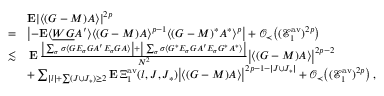
\begin{array} { r l } & { \mathbf { E } | \langle ( G - M ) A \rangle | ^ { 2 p } } \\ { = } & { \left\vert - \mathbf { E } \langle \underline { { W G } } { A ^ { \prime } } \rangle \langle ( G - M ) A \rangle ^ { p - 1 } \langle ( G - M ) ^ { * } A ^ { * } \rangle ^ { p } \right\vert + \mathcal { O } _ { \prec } \big ( ( \mathcal { E } _ { 1 } ^ { \mathrm { a v } } ) ^ { 2 p } \big ) } \\ { \lesssim } & { \, \mathbf { E } \, \frac { \big | \sum _ { \sigma } \sigma \langle G E _ { \sigma } G { A ^ { \prime } } E _ { \sigma } G A \rangle \big | + \big | \sum _ { \sigma } \sigma \langle G ^ { * } E _ { \sigma } G { A ^ { \prime } } E _ { \sigma } G ^ { * } A ^ { * } \rangle \big | } { N ^ { 2 } } \big \vert \langle ( G - M ) A \rangle \big \vert ^ { 2 p - 2 } } \\ & { + \sum _ { | \boldsymbol { l } | + \sum ( J \cup J _ { * } ) \ge 2 } \mathbf { E } \, \Xi _ { 1 } ^ { \mathrm { a v } } ( \boldsymbol { l } , J , J _ { * } ) \big \vert \langle ( G - M ) A \rangle \big \vert ^ { 2 p - 1 - | J \cup J _ { * } | } + \mathcal { O } _ { \prec } \big ( ( \mathcal { E } _ { 1 } ^ { \mathrm { a v } } ) ^ { 2 p } \big ) \, , } \end{array}